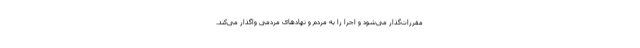
مقررات‌گذار می‌شود و اجرا را به مردم و نهادهای مردمی واگذار می‌کند.